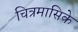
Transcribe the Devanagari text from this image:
चित्रमासिके